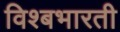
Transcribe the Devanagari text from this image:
विश्बभारती